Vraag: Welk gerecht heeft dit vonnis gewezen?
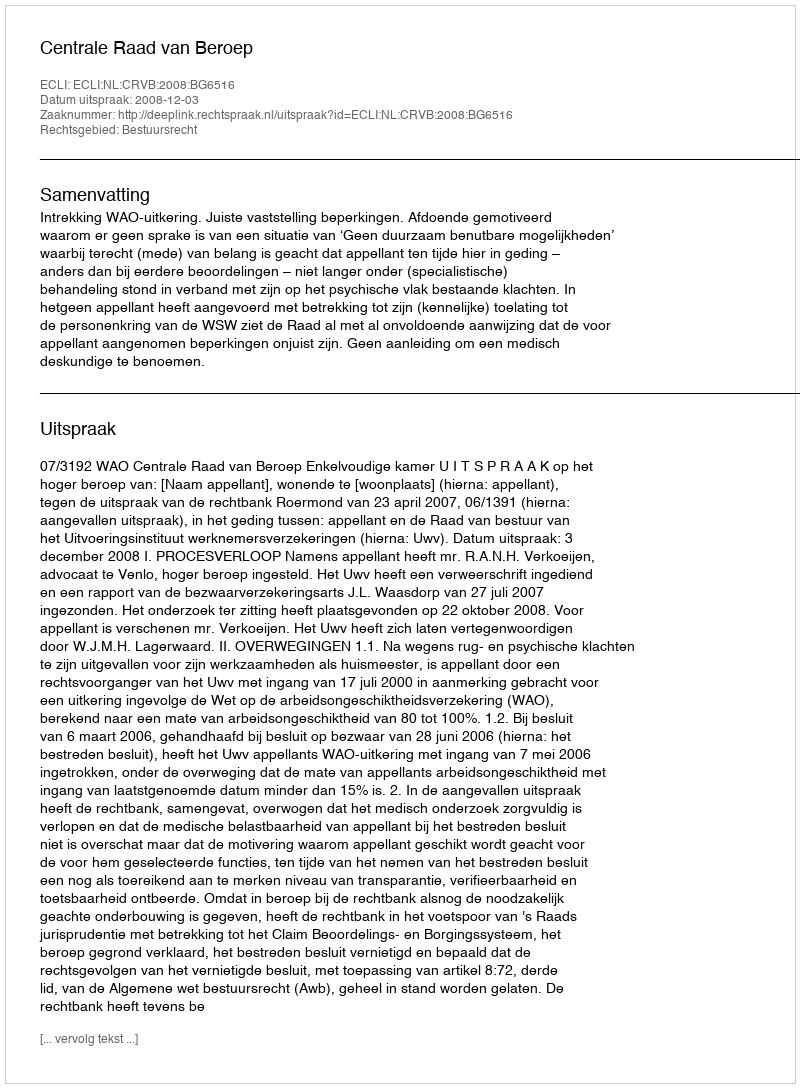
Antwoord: Centrale Raad van Beroep